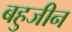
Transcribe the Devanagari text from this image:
बहुजीन